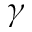
\gamma